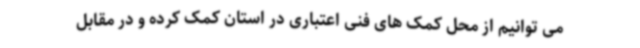
می توانیم از محل کمک های فنی اعتباری در استان کمک کرده و در مقابل